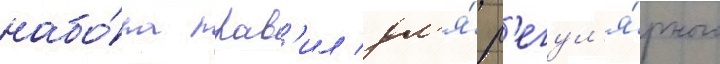
набо́ра прав'ил дл'я́ р'егул'я́рного